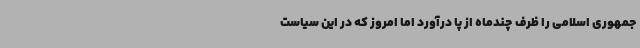
جمهوری اسلامی را ظرف چندماه از پا درآورد اما امروز که در این سیاست